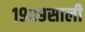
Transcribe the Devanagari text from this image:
१९०९साली